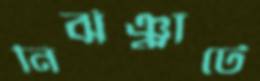
নির্ঝঞ্ঝাটে